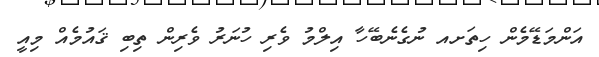
އަންމަޑޭމެން ހިތަށއ ނުގެނެބޭހާ އިލްމު ވެރި ހުނަރު ވެރިން ތިބި ޤައުމެއް މިއީ